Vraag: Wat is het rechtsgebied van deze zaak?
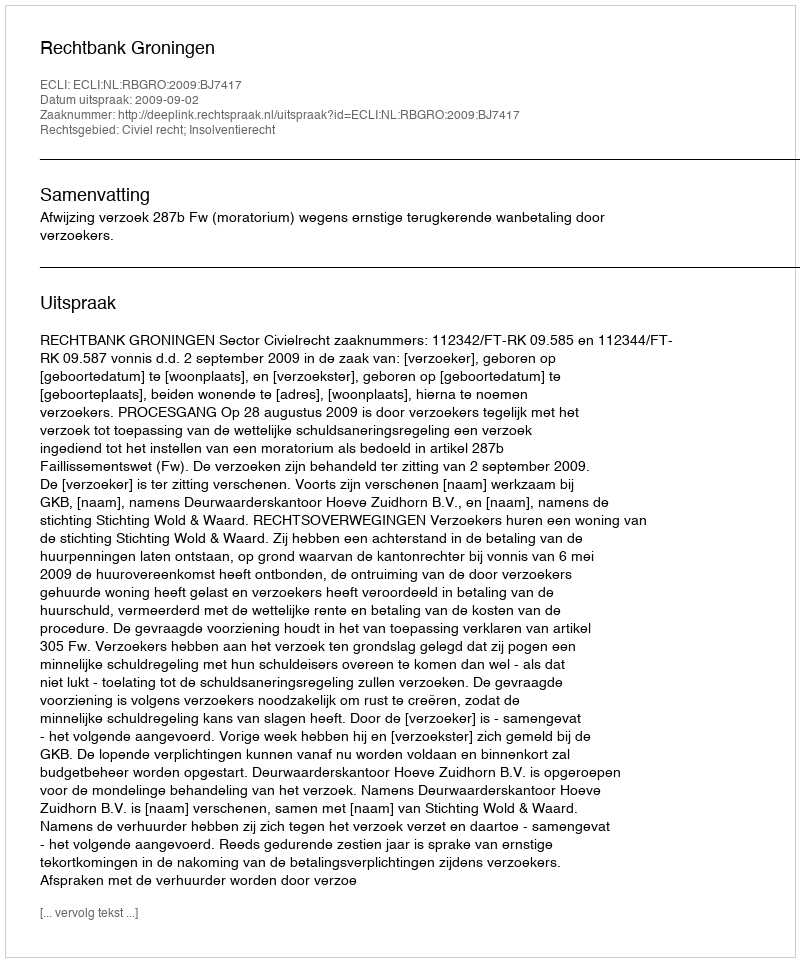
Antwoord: Civiel recht; Insolventierecht